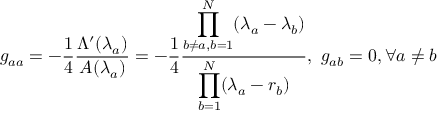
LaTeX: g _ { a a } = - \frac { 1 } { 4 } \frac { \Lambda ^ { \prime } ( \lambda _ { a } ) } { A ( \lambda _ { a } ) } = - \frac { 1 } { 4 } \frac { \displaystyle \prod _ { b \neq a , b = 1 } ^ { N } ( \lambda _ { a } - \lambda _ { b } ) } { \displaystyle \prod _ { b = 1 } ^ { N } ( \lambda _ { a } - r _ { b } ) } , \ g _ { a b } = 0 , \forall a \neq b